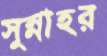
সুন্নাহর